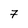
Character: 7